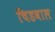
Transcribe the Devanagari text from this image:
चिडवाल